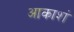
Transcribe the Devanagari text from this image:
आकाशं